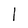
Character: l